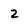
Character: 2